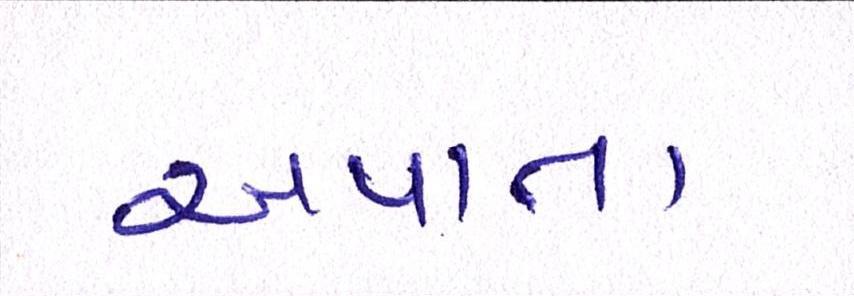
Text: અપાતા